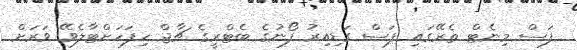
ފަސް މިނެޓް ތެރޭގައި ފަސް ގަޑިއިރު ފޯނުގެ ބެޓްރީގެ ޗާޖް ހިފަހަށްޓާލެވޭ ވަރަށް